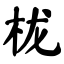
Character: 栊